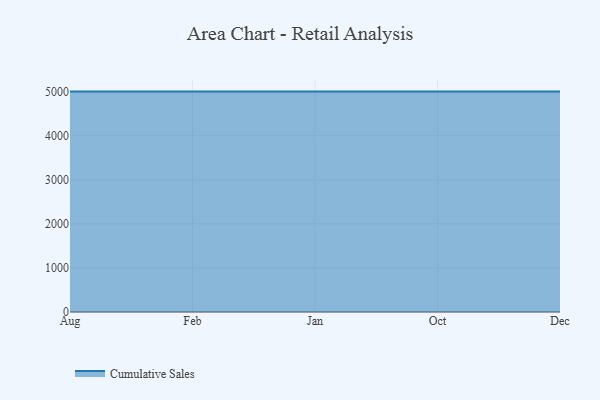
{"axis": {"x": "Month", "y": "Active Users"}, "legend": ["Cumulative Sales"], "data": [{"x": "Aug", "y": 5000, "type": "Cumulative Sales"}, {"x": "Feb", "y": 5000, "type": "Cumulative Sales"}, {"x": "Jan", "y": 5000, "type": "Cumulative Sales"}, {"x": "Oct", "y": 5000, "type": "Cumulative Sales"}, {"x": "Dec", "y": 5000, "type": "Cumulative Sales"}]}